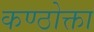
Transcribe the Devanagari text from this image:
कण्ठोक्ता